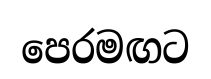
පෙරමඟට